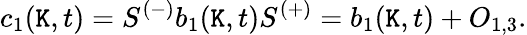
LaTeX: c_{1}(\mathtt{K},t)=S^{(-)}b_{1}(\mathtt{K},t)S^{(+)}=b_{1}(\mathtt{K},t)+O_{1,3}.